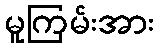
မူကြမ်းအား